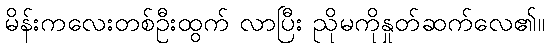
မိန်းကလေးတစ်ဦးထွက် လာပြီး ညိုမကိုနှုတ်ဆက်လေ၏။